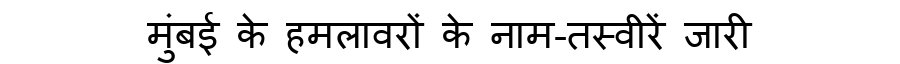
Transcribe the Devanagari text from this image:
मुंबई के हमलावरों के नाम-तस्वीरें जारी